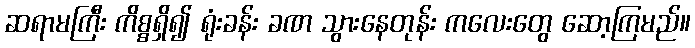
ဆရာမကြီး ကိစ္စရှိ၍ ရုံးခန်း ခဏ သွားနေတုန်း ကလေးတွေ ဆော့ကြမည်။